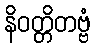
နိဝတ္တိတဗ္ဗံ